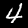
Label: 4